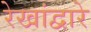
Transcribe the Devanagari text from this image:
रेखांद्वारे